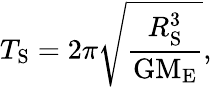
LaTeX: T_{\mathrm{S}}=2\pi\sqrt{\frac{R_{\mathrm{S}}^{3}}{\mathrm{G}\mathrm{M_{E}}}},